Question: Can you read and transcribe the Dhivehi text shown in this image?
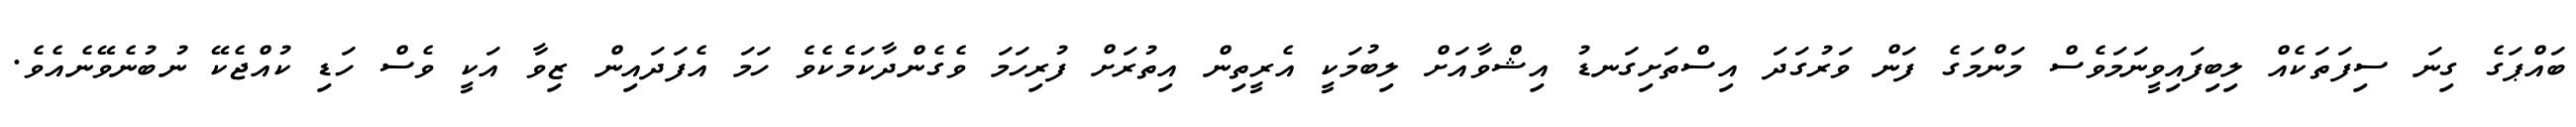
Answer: ބައްޕަގެ ގިނަ ސިފަތަކެއް ލިބިފައިވީނަމަވެސް މަންމަގެ ފަން ވަރުގަދަ އިސްތަށިގަނޑު އިޝްވާއަށް ލިބުމަކީ އެރީތިން އިތުރަށް ފުރިހަމަ ވެގެންދާކަމެކެވެ ހަމަ އެފަދައިން ޒިވާ އަކީ ވެސް ހަޑި ކުއްޖެކޭ ނުބުނެވޭނެއެވެ.